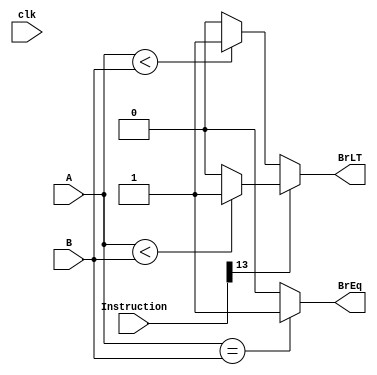
module BranchComp(
    input clk,
    input [31:0] Instruction,
    output BrLT,
    output BrEq,
    input [31:0] A,
    input [31:0] B
);

wire BrUn;
reg b1, b2;
assign BrUn = Instruction[13];
assign BrLT = (BrUn)? ((A < B)? 1: 0) : (($signed(A) < $signed(B))? 1: 0);
assign BrEq = (A == B)? 1: 0;
// assign BrLT = b1;
// assign BrEq = b2;

// always @(posedge clk) begin
//     if (BrUn) begin
//         b1 <= (A < B)? 1: 0;
//     end else begin
//         b1 <= ($signed(A) < $signed(B))? 1: 0;
//     end
//     b2 <= (A == B)? 1: 0;
// end

endmodule